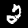
Digit: 2